Vaccination report Assam 1896-1927 - 1896-1927
Year: 1896
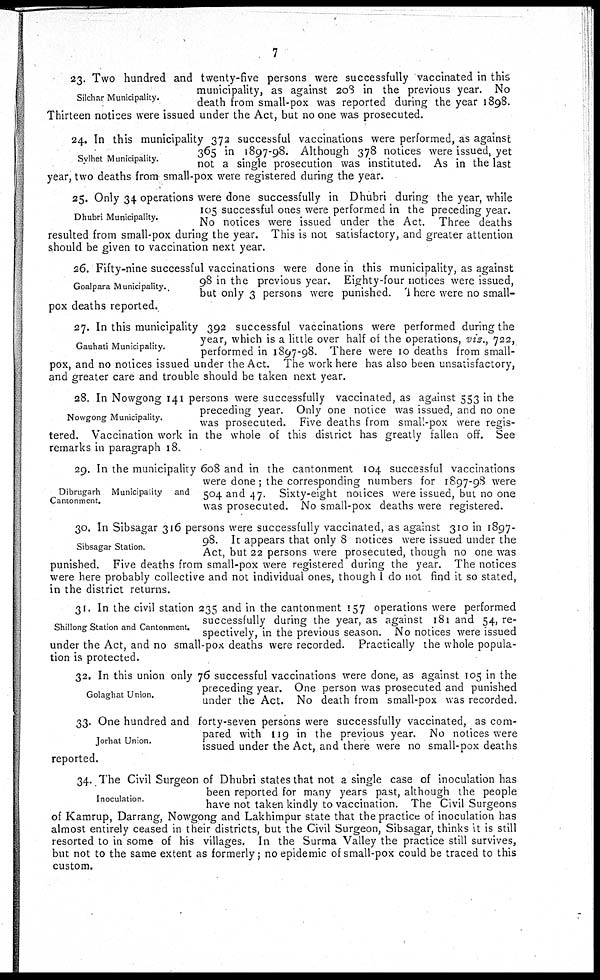
7
Silchar Municipality.
23. Two hundred and twenty-five persons were successfully vaccinated in this
municipality, as against 208 in the previous year. No
death from small-pox was reported during the year 1898.
Thirteen notices were issued under the Act, but no one was prosecuted.
Sylhet Municipality.
24. In this municipality 372 successful vaccinations were performed, as against
365 in 1897-98. Although 378 notices were issued, yet
not a single prosecution was instituted. As in the last
year, two deaths from small-pox were registered during the year.
Dhubri Municipality.
25. Only 34 operations were done successfully in Dhubri during the year, while
105 successful ones were performed in the preceding year.
No notices were issued under the Act. Three deaths
resulted from small-pox during the year. This is not satisfactory, and greater attention
should be given to vaccination next year.
Goalpara Municipality.
26. Fifty-nine successful vaccinations were done in this municipality, as against
98 in the previous year. Eighty-four notices were issued,
but only 3 persons were punished. There were no small-
pox deaths reported.
Gauhati Municipality.
27. In this municipality 392 successful vaccinations were performed during the
year, which is a little over half of the operations, viz., 722,
performed in 1897-98. There were 10 deaths from small-
pox, and no notices issued under the Act. The work here has also been unsatisfactory,
and greater care and trouble should be taken next year.
Nowgong Municipality.
28. In Nowgong 141 persons were successfully vaccinated, as against 553 in the
preceding year. Only one notice was issued, and no one
was prosecuted. Five deaths from small-pox were regis-
tered. Vaccination work in the whole of this district has greatly fallen off. See
remarks in paragraph 18.
Dibrugarh Municipality and
Cantonment.
29. In the municipality 608 and in the cantonment 104 successful vaccinations
were done ; the corresponding numbers for 1897-98 were
504 and 47. Sixty-eight notices were issued, but no one
was prosecuted. No small-pox deaths were registered.
Sibsagar Station.
30. In Sibsagar 316 persons were successfully vaccinated, as against 310 in 1897-
98. It appears that only 8 notices were issued under the
Act, but 22 persons were prosecuted, though no one was
punished. Five deaths from small-pox were registered during the year. The notices
were here probably collective and not individual ones, though I do not find it so stated,
in the district returns.
Shillong Station and Cantonment.
31. In the civil station 235 and in the cantonment 157 operations were performed
successfully during the year, as against 181 and 54, re-
spectively, in the previous season. No notices were issued
under the Act, and no small-pox deaths were recorded. Practically the whole popula-
tion is protected.
Golaghat Union.
32. In this union only 76 successful vaccinations were done, as against 105 in the
preceding year. One person was prosecuted and punished
under the Act. No death from small-pox was recorded.
Jorhat Union.
33. One hundred and forty-seven persons were successfully vaccinated, as com-
pared with 119 in the previous year. No notices were
issued under the Act, and there were no small-pox deaths
reported.
Inoculation.
34. The Civil Surgeon of Dhubri states that not a single case of inoculation has
been reported for many years past, although the people
have not taken kindly to vaccination. The Civil Surgeons
of Kamrup, Darrang, Nowgong and Lakhimpur state that the practice of inoculation has
almost entirely ceased in their districts, but the Civil Surgeon, Sibsagar, thinks it is still
resorted to in some of his villages. In the Surma Valley the practice still survives,
but not to the same extent as formerly; no epidemic of small-pox could be traced to this
custom.